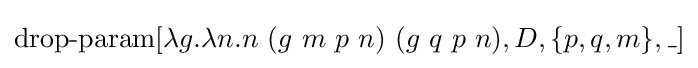
\operatorname {drop-param} [\lambda g.\lambda n.n\ (g\ m\ p\ n)\ (g\ q\ p\ n),D,\{p,q,m\},\_]